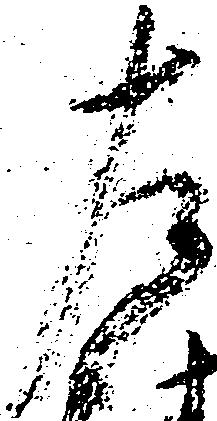
左